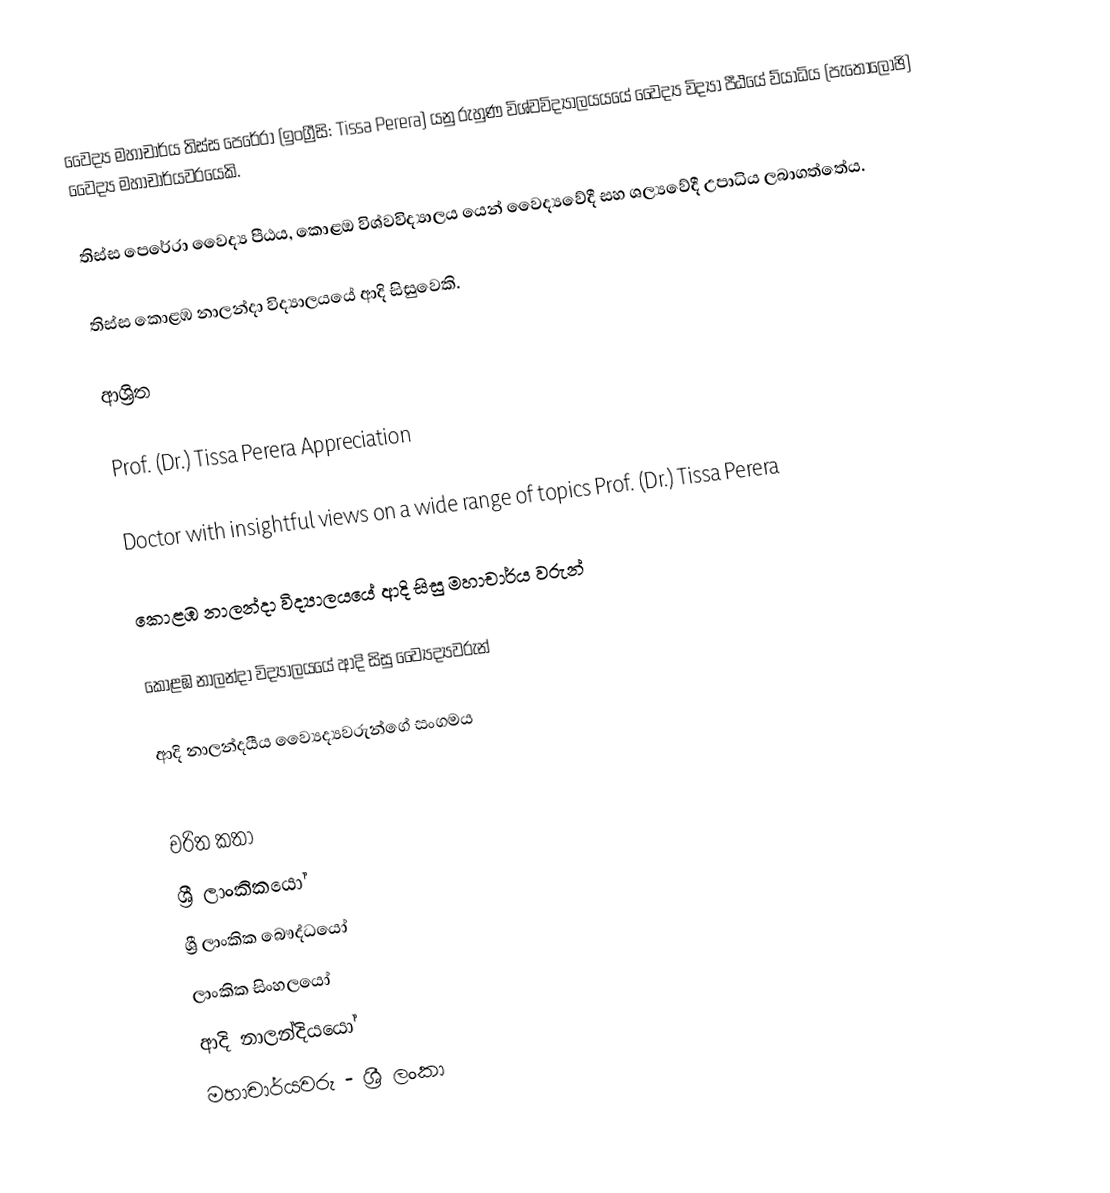
වෛද්‍ය මහාචාර්ය තිස්ස පෙරේරා  (ඉංග්‍රීසි: Tissa Perera) යනු  රුහුණ විශ්වවිද්‍යාලයයයේ වෛද්‍ය විද්‍යා පීඨයේ  ව්යාධිය (පැතොලොඡි) වෛද්‍ය මහාචාර්යවරයෙකි.

තිස්ස පෙරේරා වෛද්‍ය පීඨය, කොළඔ විශ්වවිද්‍යාලය යෙන් වෛද්‍යවේදී සහ ශල්‍යවේදී උපාධිය ලබාගත්තේය.

තිස්ස කොළඹ නාලන්දා විද්‍යාලයයේ ආදි සිසුවෙකි.

ආශ්‍රිත

 Prof. (Dr.) Tissa Perera Appreciation

 Doctor with insightful views on a wide range of topics Prof. (Dr.) Tissa Perera

 කොළඹ නාලන්දා විද්‍යාලයයේ ආදි සිසු මහාචාර්ය වරුන්

 කොළඹ නාලන්දා විද්‍යාලයයේ ආදි සිසු ව්‍යෛද්‍යවරුන්

 ආදි නාලන්දයීය ව්‍යෛද්‍යවරුන්ගේ සංගමය

චරිත කතා
ශ්‍රී ලාංකිකයෝ
ශ්‍රී ලාංකික බෞද්ධයෝ
ලාංකික සිංහලයෝ
ආදි නාලන්දියයෝ
මහාචාර්යවරු - ශ්‍රී ලංකා